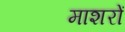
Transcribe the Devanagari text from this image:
माशरों